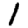
Digit: 1